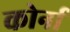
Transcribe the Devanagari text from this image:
कोर्ना